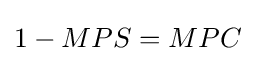
1-MPS=MPC